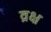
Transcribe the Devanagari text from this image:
व्रक्ष